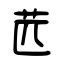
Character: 苉